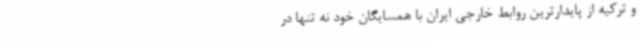
و ترکیه از پایدارترین روابط خارجی ایران با همسایگان خود نه تنها در